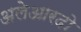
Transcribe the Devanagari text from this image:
अलेआरदो